Preliminary report on a parasite found in persons suffering from enlargement of the spleen in India - Number 8
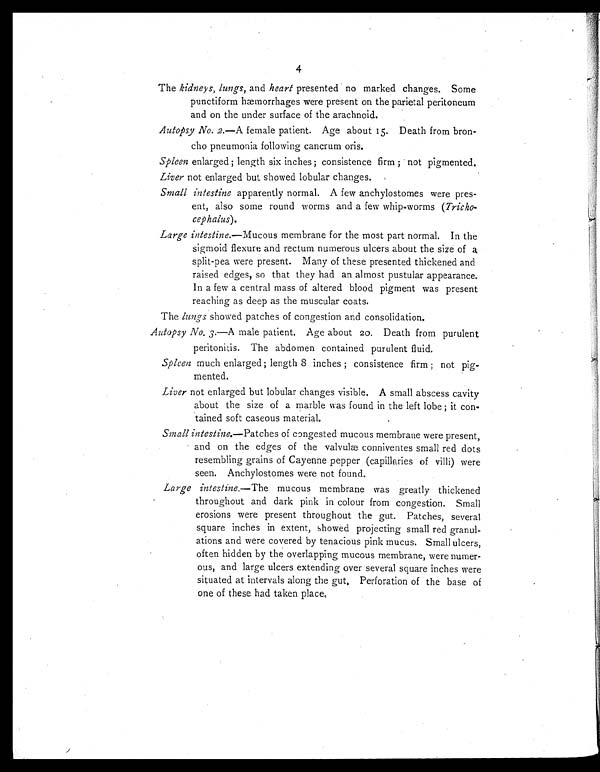
4
The kidneys, lungs, and heart presented no marked changes. Some
punctiform hæmorrhages were present on the parietal peritoneum
and on the under surface of the arachnoid.
Autopsy No. 2.—A female patient. Age about 15. Death from bron-
cho pneumonia following cancrum oris.
Spleen enlarged ; length six inches ; consistence firm ; not pigmented.
Liver not enlarged but showed lobular changes.
Small intestine apparently normal. A few anchylostomes were pres-
ent, also some round worms and a few whip-worms (Tricho-
cephalus).
Large intestine.—Mucous membrane for the most part normal. In the
sigmoid flexure and rectum numerous ulcers about the size of a
split-pea were present. Many of these presented thickened and
raised edges, so that they had an almost pustular appearance.
In a few a central mass of altered blood pigment was present
reaching as deep as the muscular coats.
The lungs showed patches of congestion and consolidation.
Autopsy No. 3.—A male patient. Age about 20. Death from purulent
peritonitis. The abdomen contained purulent fluid.
Spleen much enlarged ; length 8 inches ; consistence firm ; not pig-
mented.
Liver not enlarged but lobular changes visible. A small abscess cavity
about the size of a marble was found in the left lobe ; it con-
tained soft caseous material.
Small intestine.—Patches of congested mucous membrane were present,
and on the edges of the valvulæ conniventes small red dots
resembling grains of Cayenne pepper (capillaries of villi) were
seen. Anchylostomes were not found.
Large intestine.—The mucous membrane was greatly thickened
throughout and dark pink in colour from congestion. Small
erosions were present throughout the gut. Patches, several
square inches in extent, showed projecting small red granul-
ations and were covered by tenacious pink mucus. Small ulcers,
often hidden by the overlapping mucous membrane, were numer-
ous, and large ulcers extending over several square inches were
situated at intervals along the gut. Perforation of the base of
one of these had taken place.
J